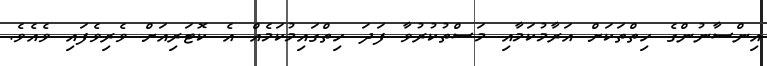
އިންސާނުންގެ ހިތްތަކަށް އަރާމުކަމާއި މަސްތުކުރުވާ ފަދަ ހިތްގައިމުކަމެއް އެ ކޮޓަރިއަށް ވެރިވެފައި ވެއެވެ.